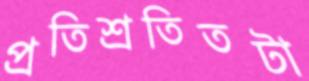
প্রতিশ্রতিতটা